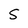
Character: 5